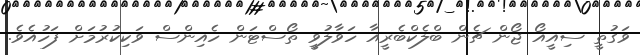
ވަގުތީ ސިއީއޯ ޖޯން ޗެން ބްލެކްބެރީއާ ހަވާލުވީ ތޯސްޓަން ހެއިންސް ވަކިކުރުމަށް ފަހުއެވެ.